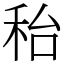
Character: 秮